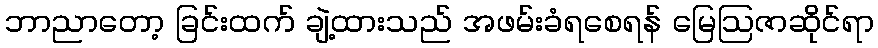
ဘာညာတော့ ခြင်းထက် ချဲ့ထားသည် အဖမ်းခံရစေရန် မြေဩဇာဆိုင်ရာ